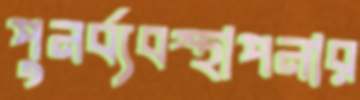
পুনর্ব্যবস্থাপনার